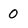
Character: 0